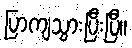
ပြာကျသွားပြီးပြီ။